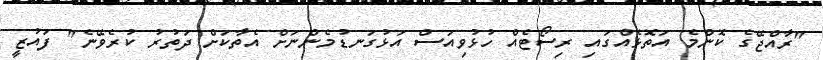
"ރާއްޖޭގެ ކޮންމެ އަތޮޅެއްގައި ރިސޯޓެއް ހުޅުވިއަސް އަޅުގަނޑުމެންނަށް އެތާކަށް ދަތުރު ކުރެވޭނެ" ފައުޒީ